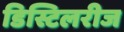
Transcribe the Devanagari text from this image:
डिस्टिलरीज